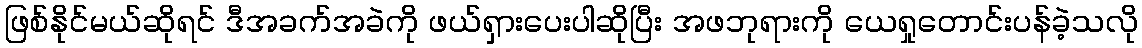
ဖြစ်နိုင်မယ်ဆိုရင် ဒီအခက်အခဲကို ဖယ်ရှားပေးပါဆိုပြီး အဖဘုရားကို ယေရှုတောင်းပန်ခဲ့သလို